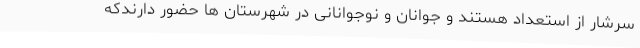
سرشار از استعداد هستند و جوانان و نوجوانانی در شهرستان ها حضور دارندکه